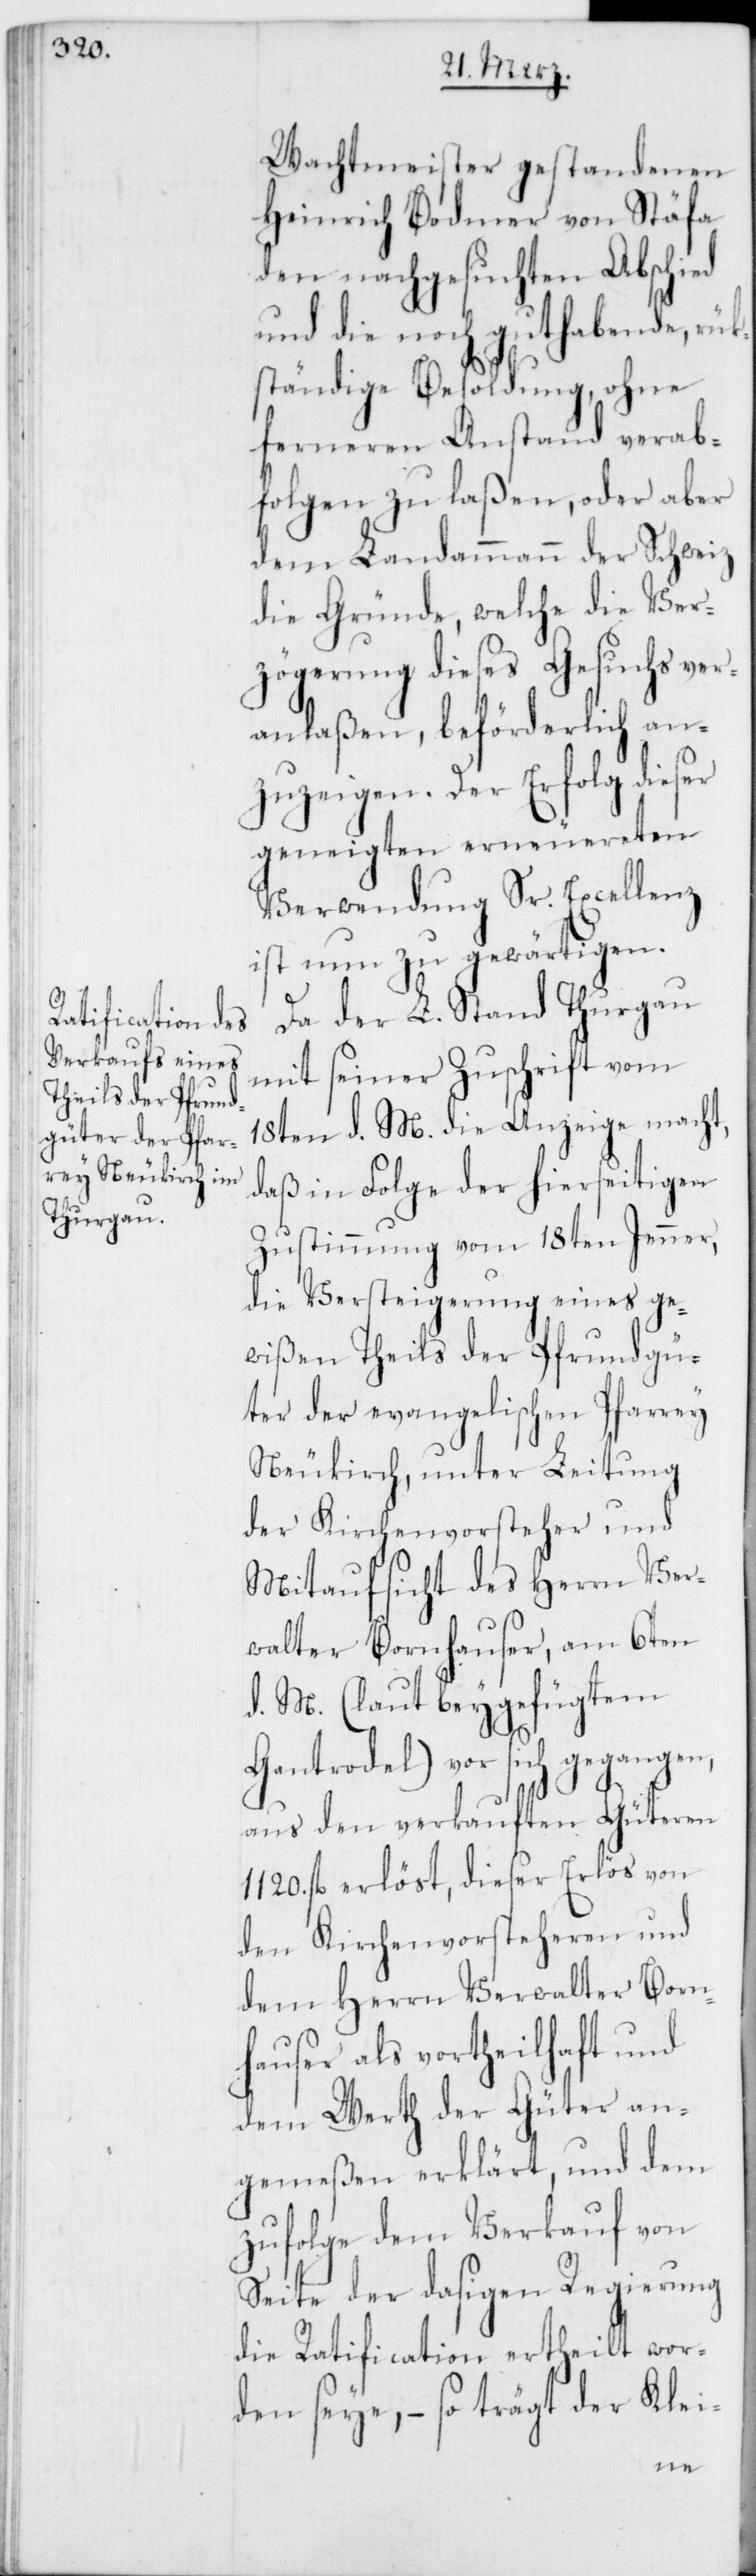
Wachtmeister gestandenen
Heinrich Bodmer von Stäfa
den nachgesuchten Abschied
und die noch guthabende, rük¬
ständige Besoldung, ohne
ferneren Anstand verab¬
folgen zu laßen, oder aber
dem Landammann der Schweiz
die Gründe, welche die Ver¬
zögerung dieses Gesuchs ver¬
anlaßen, beförderlich an¬
zuzeigen. Der Erfolg dieser
geneigten erneuereten
Verwendung Sr. Excellenz
ist nun zu gewärtigen.
Da der L. Stand Thurgau
mit seiner Zuschrift vom
18ten d. M. die Anzeige macht,
daß in Folge der hierseitigen
Zustimmung vom 18ten Jenner,
die Versteigerung eines ge¬
wißen Theils der Pfrundgü¬
ter der evangelischen Pfarrey
Neukirch, unter Leitung
der Kirchenvorsteher und
Mitaufsicht des Herrn Ver¬
walter Bornhauser, am 6ten
d. M. (laut beygefügtem
Gantrodel) vor sich gegangen,
aus den verkauften Güteren
1120. fl. erlöst, dieser Erlös von
den Kirchenvorsteheren und
dem Herrn Verwalter Born¬
hauser als vortheilhaft und
dem Werth der Güter an¬
gemeßen erklärt, und dem
zufolge dem Verkauf von
Seite der dasigen Regierung
die Ratification ertheilt wor¬
den seye, – so trägt der Klei-